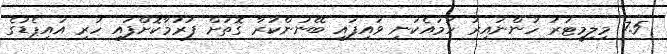
7.5 މިލިމީޓަރު ހުންނައިރު ހަމައެކަނި ވައިފައި ބޭނުންކުރާ ގޮތަށް ފަރުމާކޮށްފައި ހުރި އައިޕެޑުގެ